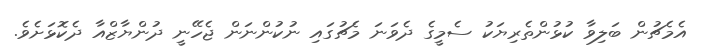
އެމެޗުން ބަލިވާ ކުޅުންތެރިޔަކު ސެމީގެ ދެވަނަ މެޗުގައި ނުކުންނަން ޖެހޭނީ ދުންޔާޒްއާ ދެކޮޅަށެވެ.